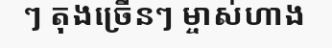
ៗ តុងច្រើនៗ ម្ចាស់ហាង